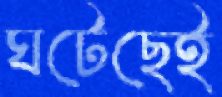
ঘটেছেই